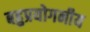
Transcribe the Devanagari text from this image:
बहुप्रयोगनीय